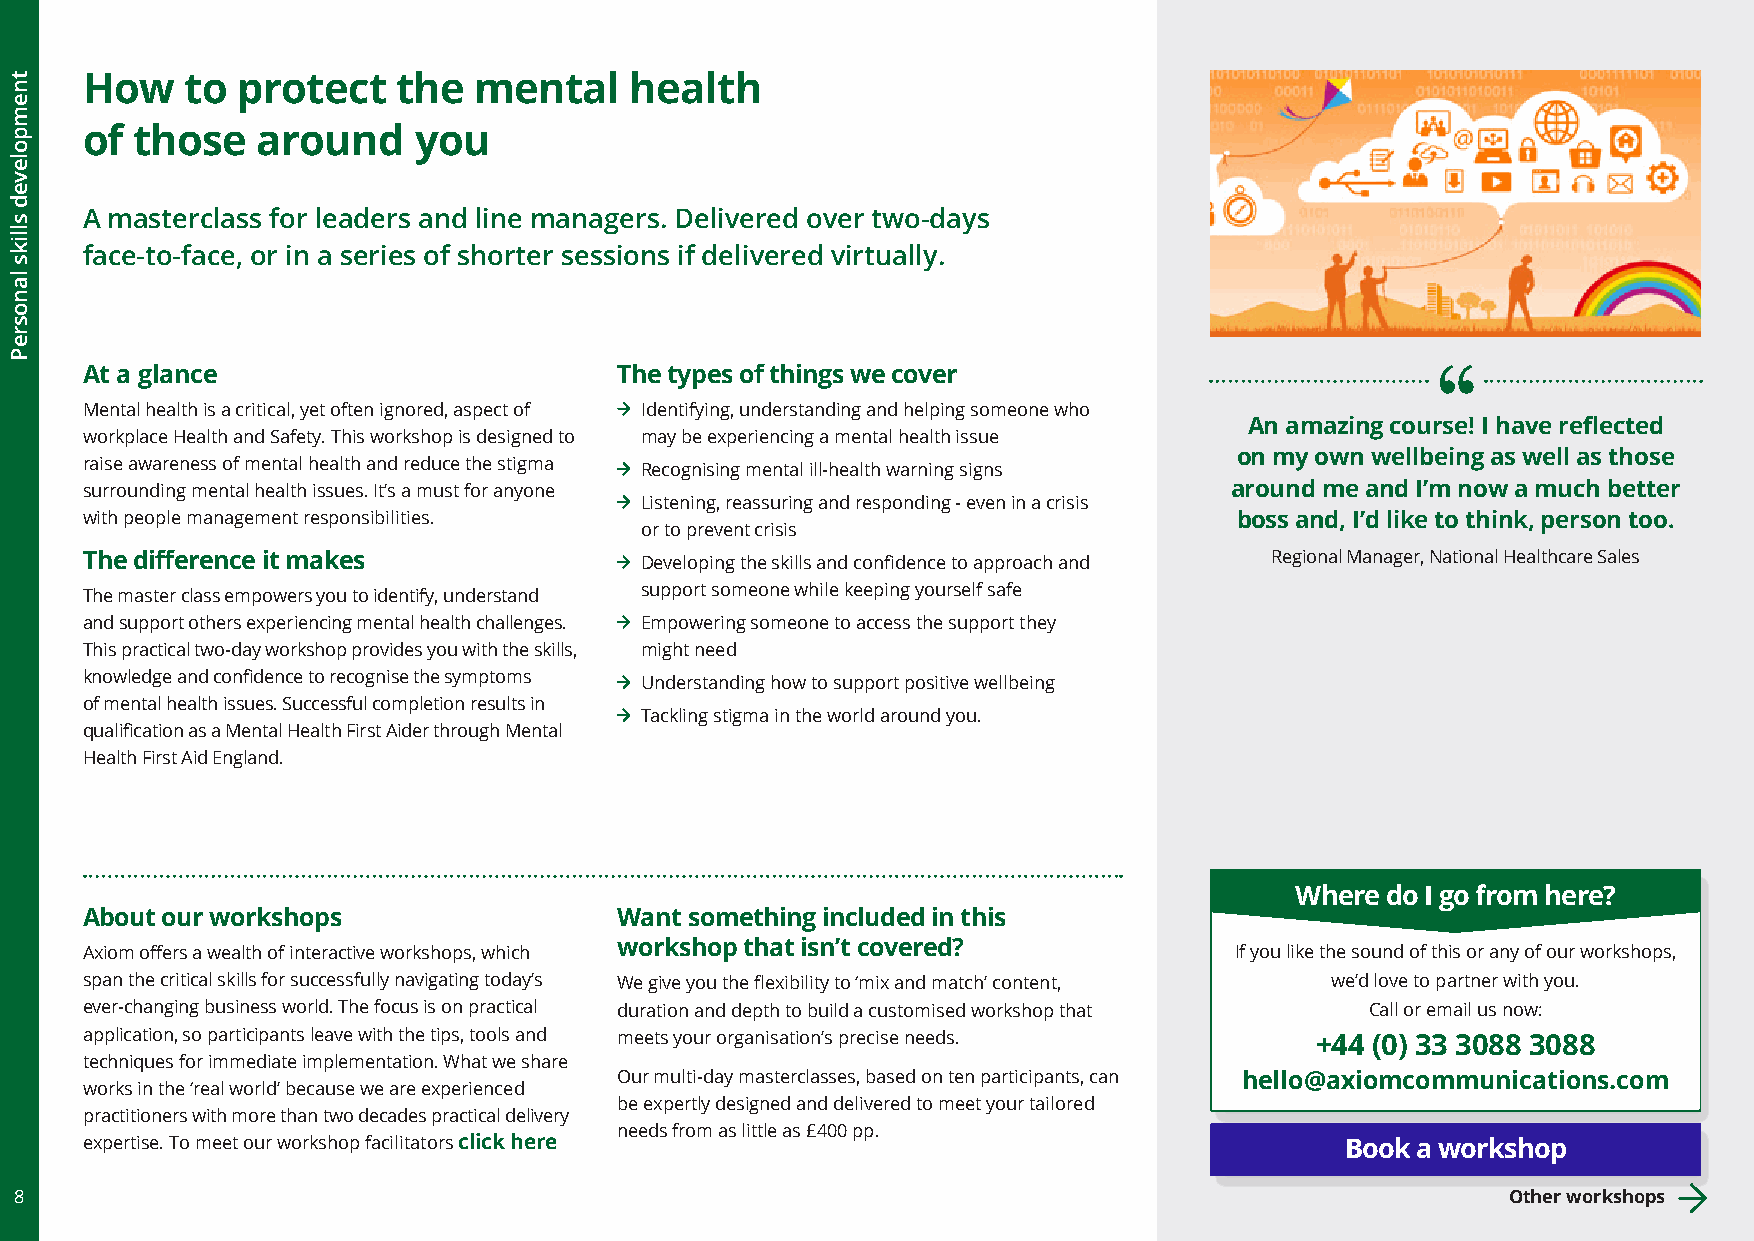
How    to  protect   the  mental     health
 of  those   around    you
 A masterclass for leaders and line managers. Delivered over two-days
 face-to-face, or in a series of shorter sessions if delivered virtually.
 At a glance                         The types of things we cover
 Mental health is a critical, yet often ignored, aspect of Identifying, understanding and helping someone who
 An amazing course! I have reflected
 workplace Health and Safety. This workshop is designed to may be experiencing a mental health issue
 on my own wellbeing as well as those
 raise awareness of mental health and reduce the stigma Recognising mental ill-health warning signs
 surrounding mental health issues. It’s a must for anyone                    around me and I’m now a much better
 Listening, reassuring and responding - even in a crisis
 with people management responsibilities.                                     boss and, I’d like to think, person too.
 or to prevent crisis
 The difference it makes              Developing the skills and confidence to approach and Regional Manager, National Healthcare Sales
 The master class empowers you to identify, understand support someone while keeping yourself safe
 and support others experiencing mental health challenges. Empowering someone to access the support they
 This practical two-day workshop provides you with the skills, might need
 knowledge and confidence to recognise the symptoms Understanding how to support positive wellbeing
 of mental health issues. Successful completion results in
 Tackling stigma in the world around you.
 qualification as a Mental Health First Aider through Mental
 Health First Aid England.
 Where do I go from here?
 About our workshops                 Want something included in this
 Axiom offers a wealth of interactive workshops, which workshop that isn’t covered? If you like the sound of this or any of our workshops,
 span the critical skills for successfully navigating today’s We give you the flexibility to ‘mix and match’ content, we’d love to partner with you.
 ever-changing business world. The focus is on practical duration and depth to build a customised workshop that Call or email us now:
 application, so participants leave with the tips, tools and meets your organisation’s precise needs. +44 (0) 33 3088 3088
 techniques for immediate implementation. What we share
 Our multi-day masterclasses, based on ten participants, can hello@axiomcommunications.com
 works in the ‘real world’ because we are experienced
 be expertly designed and delivered to meet your tailored
 practitioners with more than two decades practical delivery
 needs from as little as £400 pp.
 expertise. To meet our workshop facilitators click here                             Book a workshop
 8                                                                                                  Other workshops
 tnempoleved
 slliks
 lanosreP